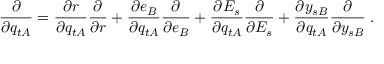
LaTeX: \frac { \partial } { \partial q _ { t A } } = \frac { \partial r } { \partial q _ { t A } } \frac { \partial } { \partial r } + \frac { \partial e _ { B } } { \partial q _ { t A } } \frac { \partial } { \partial e _ { B } } + \frac { \partial E _ { s } } { \partial q _ { t A } } \frac { \partial } { \partial E _ { s } } + \frac { \partial y _ { s B } } { \partial q _ { t A } } \frac { \partial } { \partial y _ { s B } } \; .